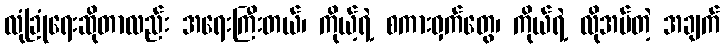
လုံခြုံရေးဆိုတာလည်း အရေးကြီးတယ်၊ ကိုယ့်ရဲ့ စကားဝှက်တွေ၊ ကိုယ်ရဲ့ လိုအပ်တဲ့ အချက်